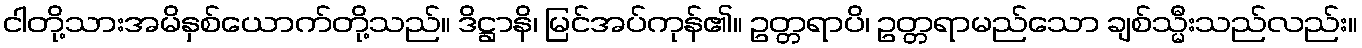
ငါတို့သားအမိနှစ်ယောက်တို့သည်။ ဒိဋ္ဌာနိ၊ မြင်အပ်ကုန်၏။ ဥတ္တရာပိ၊ ဥတ္တရာမည်သော ချစ်သ္မီးသည်လည်း။